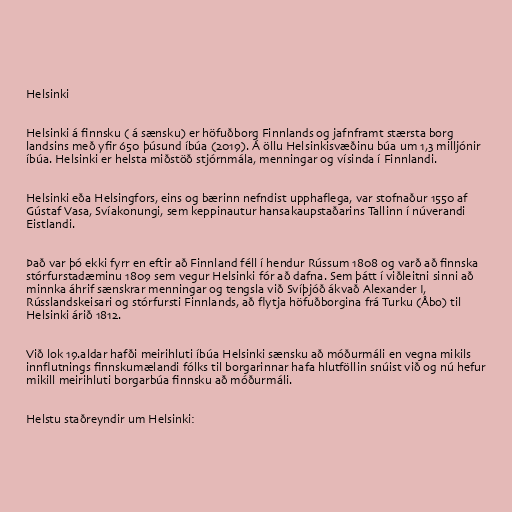
Helsinki

Helsinki á finnsku ( á sænsku) er höfuðborg Finnlands og jafnframt stærsta borg
landsins með yfir 650 þúsund íbúa (2019). Á öllu Helsinkisvæðinu búa um 1,3 milljónir
íbúa. Helsinki er helsta miðstöð stjórnmála, menningar og vísinda í Finnlandi.

Helsinki eða Helsingfors, eins og bærinn nefndist upphaflega, var stofnaður 1550 af
Gústaf Vasa, Svíakonungi, sem keppinautur hansakaupstaðarins Tallinn í núverandi
Eistlandi.

Það var þó ekki fyrr en eftir að Finnland féll í hendur Rússum 1808 og varð að finnska
stórfurstadæminu 1809 sem vegur Helsinki fór að dafna. Sem þátt í viðleitni sinni að
minnka áhrif sænskrar menningar og tengsla við Svíþjóð ákvað Alexander I,
Rússlandskeisari og stórfursti Finnlands, að flytja höfuðborgina frá Turku (Åbo) til
Helsinki árið 1812.

Við lok 19.aldar hafði meirihluti íbúa Helsinki sænsku að móðurmáli en vegna mikils
innflutnings finnskumælandi fólks til borgarinnar hafa hlutföllin snúist við og nú hefur
mikill meirihluti borgarbúa finnsku að móðurmáli.

Helstu staðreyndir um Helsinki: